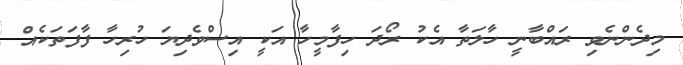
މިދެންނެވި ރައްބާނީ ހާލަތާ އެކު ރޯދަ ހިފާމީހާ އަކީ އިސްވެދިޔަ ހުރިހާ ފާފަތަކެއް